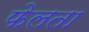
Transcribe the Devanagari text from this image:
फेलता